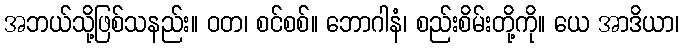
အဘယ်သို့ဖြစ်သနည်း။ ဝတ၊ စင်စစ်။ ဘောဂါနံ၊ စည်းစိမ်းတို့ကို။ ယေ အာဒိယာ၊